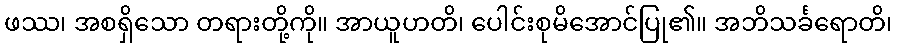
ဖဿ၊ အစရှိသော တရားတို့ကို။ အာယူဟတိ၊ ပေါင်းစုမိအောင်ပြု၏။ အဘိသင်္ခရောတိ၊